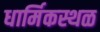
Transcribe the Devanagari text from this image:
धार्मिकस्थळ